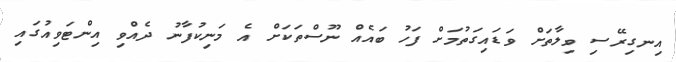
އިނގިރޭސި ވިލާތަށް ވަޑައިގަތުމަށް ފަހު ބައެއް ނޫސްތަކަށް އެ މަނިކުފާނު ދެއްވި އިންޓަވިއުގައި